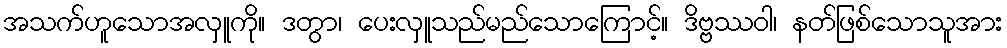
အသက်ဟူသောအလှူကို။ ဒတွာ၊ ပေးလှူသည်မည်သောကြောင့်။ ဒိဗ္ဗဿဝါ၊ နတ်ဖြစ်သောသူအား